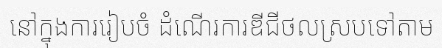
នៅក្នុងការរៀបចំ ដំណើរការឌីជីថលស្របទៅតាម